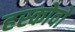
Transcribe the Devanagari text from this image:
हस्कोवो